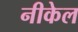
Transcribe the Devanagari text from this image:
नीकेल